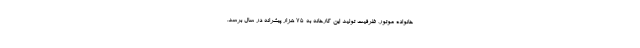
خانواده موتور، ظرفیت تولید این کارخانه به ۷۵ هزار پیشرانه در سال برسد.